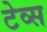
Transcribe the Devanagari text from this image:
टेव्स